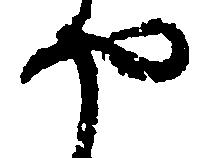
や